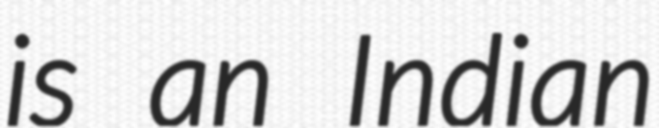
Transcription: is an Indian